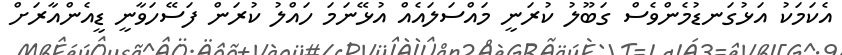
އެކަމަކު އަޅުގަނޑުމެންވެސް ގަބޫލު ކުރަނީ މައްސަލައެއް އުޅޭނަމަ ހައްލު ކުރަން ފަސޭހަވާނީ ޑީއެންއާރަށް